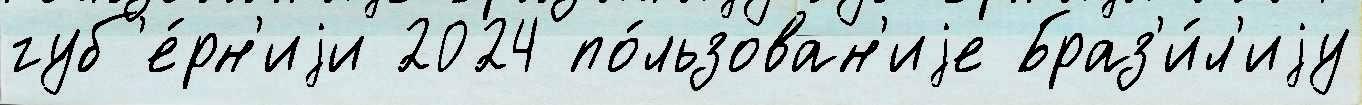
губ'е́рн'иjи 2024 по́льзован'иjе Браз'и́л'иjу